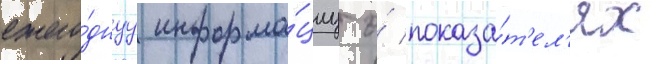
ежего́днуу информа́циу о́ показа́т'ел'ях